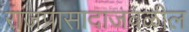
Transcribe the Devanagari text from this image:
राजप्रासादाजवळील